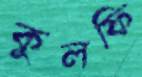
কুলফি